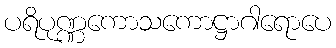
ပရိပုဏ္ဏကောသကောဋ္ဌာဂါရောပေ